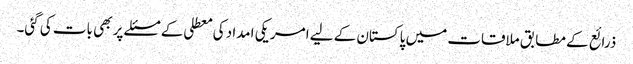
ذرائع کے مطابق ملاقات میں پاکستان کے لیے امریکی امداد کی معطلی کے مسئلے پر بھی بات کی گئی۔